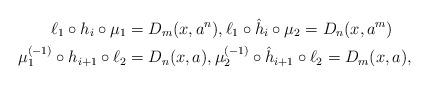
\begin{align*}\ell_1\circ h_i \circ \mu_1&=D_m(x, a^n), \ell_1\circ \hat h_i\circ \mu_2=D_n(x, a^m)\\\mu_1^{(-1)}\circ h_{i+1} \circ \ell_2&=D_n(x, a), \mu_2^{(-1)}\circ \hat h_{i+1}\circ \ell_2=D_m(x, a),\end{align*}